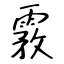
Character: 霚